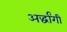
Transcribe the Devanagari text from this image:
अर्द्धांगी